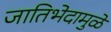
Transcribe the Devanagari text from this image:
जातिभेदामुळे